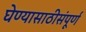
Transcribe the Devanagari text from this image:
घेण्यासाठीसंपूर्ण